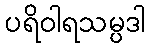
ပရိဝါရသမ္ပဒါ